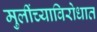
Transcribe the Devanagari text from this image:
मुलींच्याविरोधात